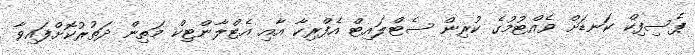
ޕެސިފިކް ކަނޑަށް ވެއްޓުމުގެ ކުރިން ސެޓްލައިޓް އެފްރިކާ އާއި އެޓްލާންޓިކް މަތިން ދަތުރުކޮށްފައިވާ